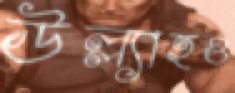
উল্ল্যাহও